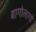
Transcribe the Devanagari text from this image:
बागोलागो